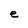
Character: e